Scottish Leaving Certificate Examination, 1951
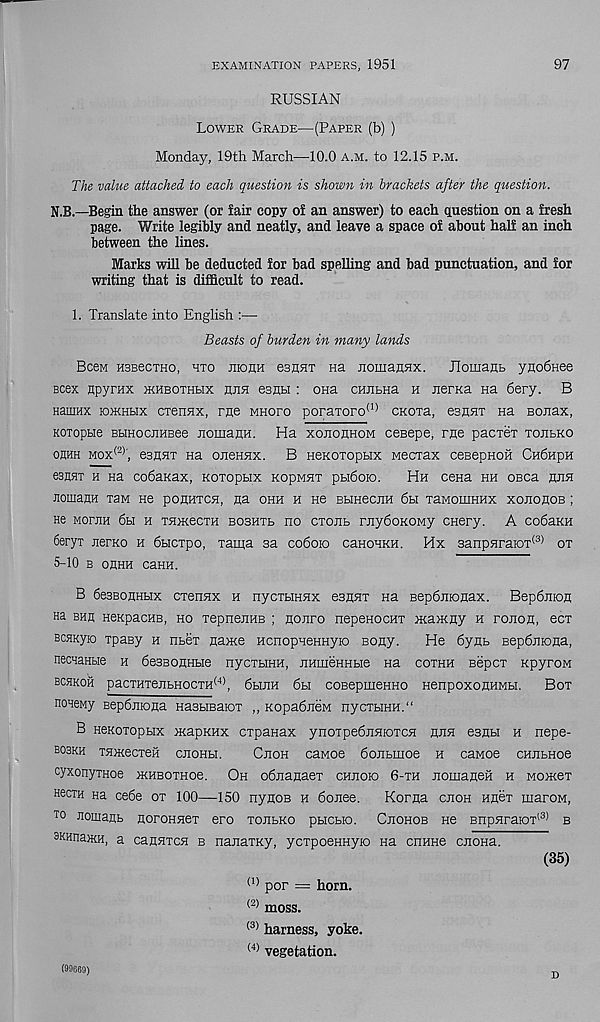
EXAMINATION PAPERS, 1951
97
RUSSIAN
Lower Grade—(Paper (b) )
Monday, 19th March—10.0 a.m. to 12.15 p.m.
The value attached to each question is shown in brackets after the question.
N.B.—Begin the answer (or fair copy of an answer) to each question on a fresh
page. Write legibly and neatly, and leave a space of about half an inch
between the lines.
Marks will be deducted for bad spelling and bad punctuation, and for
writing that is difficult to read.
1. Translate into English :—
Beasts of burden in many lands
Bccm HSBecxHo, hto jiionH gshht Ha nomansix. Jlomanb yHodnee
Bcex npyrax ikhbothhx hjih esnn : ona cHiibHa h nerKa na 6ery. B
naniHX kdkhhx cxerrax, rue mhofo poraToro (I) CKoxa, esanx na eonax,
Koxopbie BBiHocEHBee JiomaHH. Ha xojiouhom cesepe, me pacxex xojilko
ohhh mox (2) ', esRHx Ha oneHHx. B HeKoxopbix wecrax cesepHOH Ch6hph
esnHx h na coSaKax, Koxopbix KopMsix pbidoio.
Hh ceHa hh oeca hjih
JiouianH xaM He pouHTCH, na ohh h He BHHecjin 6bi xaMouiHHx xohohob ;
He MornH 6bi h xaiKecxH bobhxb no cxojib rjiyOoKowy cnery. A codaKH
6eryx nerno h 6bicxpo, xama sa codoio caHOHKH. Hx 3anpHraiox (3) ox
5-10 b onHH caHH.
B 6e3BonHbix cxennx h nycxbiHHx esnnx Ha BepOnionax. BepOnEon
na bhu HeKpacuB, ho xepnenHB ; nonro nepenocHx xiamny h ronon, ecx
BCHKyio xpaBy h nnex name HcnopHennyio Bony.
He 6ynb Bepbniona,
necnanbie h SesBonHbie nycxbiHH, jrameHHbie na coxhh Bepcx KpyroM
hghkoh pacTHxejibHOcxH (4) , 6bDiH 6h coBepmeHHO HenpoxonHMbi.
Box
noHewy BepSnrona HasHBaiox ,, KopadneM nycxbiHH.“
B Henoxopbix mapKHx cxpanax ynoTpeOnnioxcH ana. esna h nepe-
boskh XHmecxeH cjioHH.
Cjioh caMoe Oonbinoe h cawoe cHiibHoe
cyxonyiHoe xoiBoxHoe. Oh odnanaex chjiobo 6-th nomaneH h Momex
hscth na cede ox 100—150 nynoB h donee.
Korna cnon Hnex juaroM,
to nomanb noroHnex ero tohbko pacbio. Ceohob ne BnpHraioT l3) b
BKHnaiKH, a cannxcH b nanaxKy, ycxpoenHyio Ha cnHHe cnona.
(35)
O) pop = horn.
(2) moss.
(3) harness, yoke.
(4) vegetation.
(99669)
„